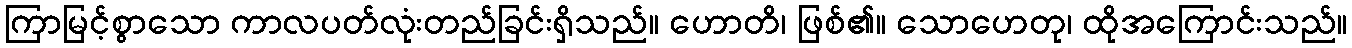
ကြာမြင့်စွာသော ကာလပတ်လုံးတည်ခြင်းရှိသည်။ ဟောတိ၊ ဖြစ်၏။ သောဟေတု၊ ထိုအကြောင်းသည်။